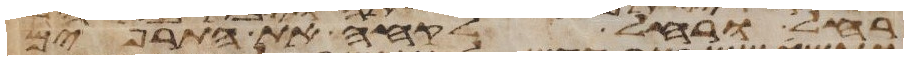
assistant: רחל ורחל לקחה את התרפים